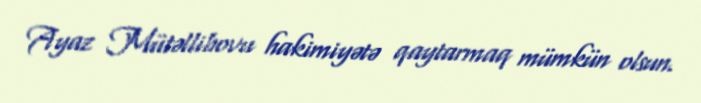
Ayaz Mütəllibovu hakimiyətə qaytarmaq mümkün olsun.